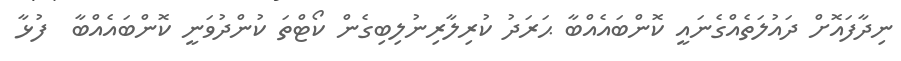
ނިދާފައޮށް ދައުލަތެއްގެނައީ ކޮންބައެއްބާ ޙަރަދު ކުރިލާރިނުލިބިގެން ކޯޓްތަ ކުންދުވަނީ ކޮންބައެއްބާ  ފުޅާ